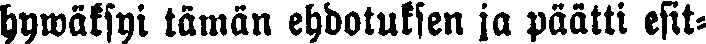
hywäksyi tämän ehdotuksen ja päätti esit-